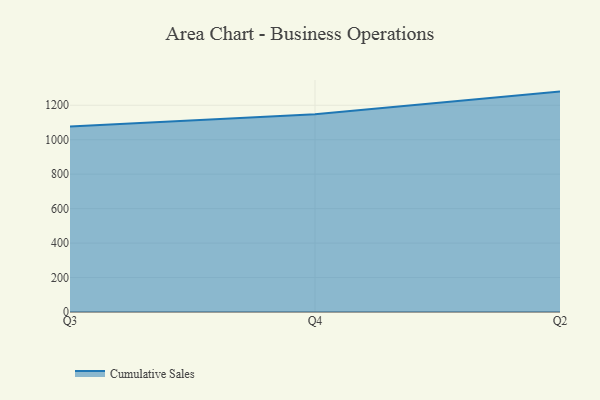
{"axis": {"x": "Quarter", "y": "Tickets Resolved"}, "legend": ["Cumulative Sales"], "data": [{"x": "Q3", "y": 1076.7, "type": "Cumulative Sales"}, {"x": "Q4", "y": 1147.3, "type": "Cumulative Sales"}, {"x": "Q2", "y": 1279.3, "type": "Cumulative Sales"}]}